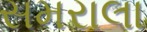
સમરાલા